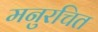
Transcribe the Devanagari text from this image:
मनुरचित